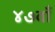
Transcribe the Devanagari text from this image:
४७वाँ